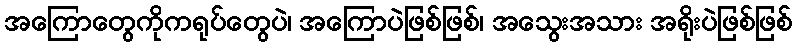
အကြောတွေကိုကရုပ်တွေပဲ၊ အကြောပဲဖြစ်ဖြစ်၊ အသွေးအသား အရိုးပဲဖြစ်ဖြစ်